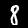
Label: 8